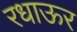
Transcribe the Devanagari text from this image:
रधाऊर